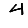
Digit: 4